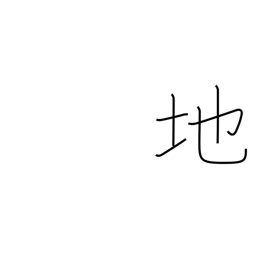
Meaning: ground